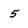
Character: 5